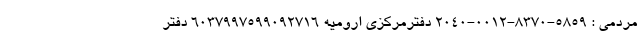
مردمی : ۵۸۵۹-۸۳۷۰-۰۰۱۲-۲۰۴۰ دفترمرکزی ارومیه ۶۰۳۷۹۹۷۵۹۹۰۹۲۷۱۶ دفتر